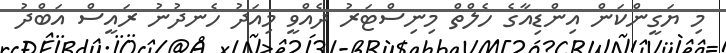
މި ޔަގީންކަން އިންޑިއާގެ ހެލްތް މިނިސްޓަރު ދެއްވީ މިއަދު ހެނދުނު ރައީސް އަބްދު